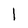
Character: l